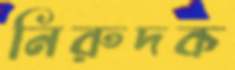
নিরুদক